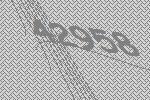
42958